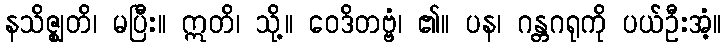
နသိဇ္ဈတိ၊ မပြီး။ ဣတိ၊ သို့။ ဝေဒိတဗ္ဗံ၊ ၏။ ပန၊ ဂန္တဂရုကို ပယ်ဦးအံ့။